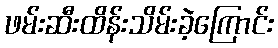
ဖမ်းဆီးထိန်းသိမ်းခဲ့ကြောင်း